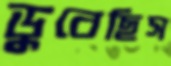
ডুবেছিস